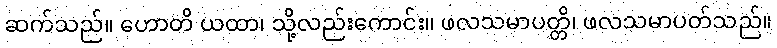
ဆက်သည်။ ဟောတိ ယထာ၊ သို့လည်းကောင်း။ ဖလသမာပတ္တိ၊ ဖလသမာပတ်သည်။